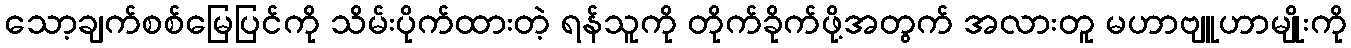
သော့ချက်စစ်မြေပြင်ကို သိမ်းပိုက်ထားတဲ့ ရန်သူကို တိုက်ခိုက်ဖို့အတွက် အလားတူ မဟာဗျူဟာမျိုးကို